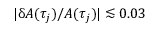
| \updelta A ( \tau _ { j } ) / A ( \tau _ { j } ) | \lesssim 0 . 0 3